Lunatic asylums Madras 1877-1891 - 1877-1891
Year: 1877
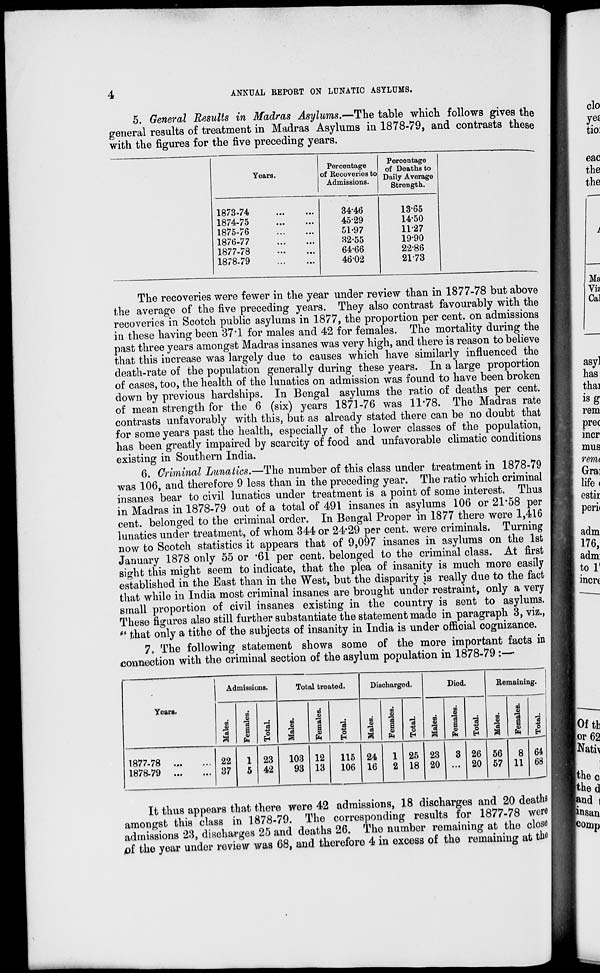
4
ANNUAL REPORT ON LUNATIC ASYLUMS.
5. General Results in Madras Asylums.—The table which follows gives the
general results of treatment in Madras Asylums in 1878-79, and contrasts these
with the figures for the five preceding years.
Years.
1873-74
...
...
1874.75
...
...
1875-76
...
...
1876-77
...
...
1877-78
...
...
1878-79
...
...
Percentage
of Recoveries to
Admissions.
34.46
45.29
51.97
32.55
64.66
46.02
Percentage
of Deaths to
Daily Average
Strength.
13.65
14.50
11.27
19.90
22.86
21.73
The recoveries were fewer in the year under review than in 1877-78 but above
the average of the five preceding years. They also contrast favourably with the
recoveries in Scotch public asylums in 1877, the proportion per cent, on admissions
in these having been 37.1 for males and 42 for females. The mortality during the
past three years amongst Madras insanes was very high, and there is reason to believe
that this increase was largely due to causes which have similarly influenced the
death-rate of the population generally during these years. In a large proportion
of cases, too, the health of the lunatics on admission was found to have been broken
down by previous hardships. In Bengal asylums the ratio of deaths per cent.
of mean strength for the 6 (six) years 1871-76 was 11.78. The Madras rate
contrasts unfavorably with this, but as already stated there can be no doubt that
for some years past the health, especially of the lower classes of the population,
has been greatly impaired by scarcity of food and unfavorable climatic conditions
existing in Southern India.
6. Criminal Lunatics.—The number of this class under treatment in 1878-79
was 106, and therefore 9 less than in the preceding year. The ratio which criminal
insanes bear to civil lunatics under treatment is a point of some interest. Thus
in Madras in 1878-79 out of a total of 491 insanes in asylums 106 or 21.58 per
cent. belonged to the criminal order. In Bengal Proper in 1877 there were 1,416
lunatics under treatment, of whom 344 or 24.29 per cent. were criminals. Turning
now to Scotch statistics it appears that of 9,097 insanes in asylums on the 1st
January 1878 only 55 or .61 per cent. belonged to the criminal class. At first
sight this might seem to indicate, that the plea of insanity is much more easily
established in the East than in the West, but the disparity is really due to the fact
that while in India most criminal insanes are brought under restraint, only a very
small proportion of civil insanes existing in the country is sent to asylums.
These figures also still further substantiate the statement made in paragraph 3, viz.,
"that only a tithe of the subjects of insanity in India is under official cognizance.
7. The following statement shows some of the more important facts in
connection with the criminal section of the asylum population in 1878-79 :—
Years.
1877-78 ... ...
1878-79
...
...
Admissions.
Males.
22
37
Females.
1
5
Total
23
42
Total treated.
Males.
103
93
Females.
12
13
Total.
115
106
Discharged.
Males.
24
16
Females.
1
2
Total.
25
18
Died.
Males.
23
20
Females.
3
...
Total.
26
20
Remaining.
Males.
56
57
Females.
8
11
Total.
64
68
It thus appears that there were 42 admissions, 18 discharges and 20 deaths
amongst this class in 1878-79. The corresponding results for 1877-78 were
admissions 23, discharges 25 and deaths 26. The number remaining at the close
of the year under review was 68, and therefore 4 in excess of the remaining at the